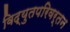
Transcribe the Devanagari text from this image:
विद्युतपरिवर्तन